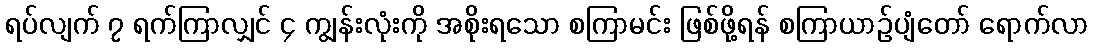
ရပ်လျက် ၇ ရက်ကြာလျှင် ၄ ကျွန်းလုံးကို အစိုးရသော စကြာမင်း ဖြစ်ဖို့ရန် စကြာယာဉ်ပျံတော် ရောက်လာ